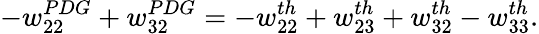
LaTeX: -w_{22}^{PDG}+w_{32}^{PDG}=-w_{22}^{th}+w_{23}^{th}+w_{32}^{th}-w_{33}^{th}.